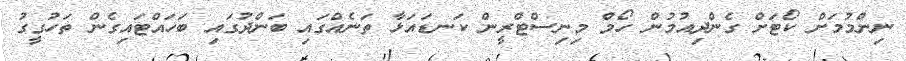
ނިންމުމަށް ކޯޓަށް ގެންދިއުމުން ހޯމް މިނިސްޓްރީން ކަނޑައަޅާ ތަނެއްގައި ބަންދުގައި ބަހައްޓައިގެން ތަހުގީގު